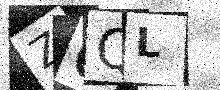
Text: Z0QL